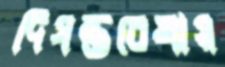
দিগন্তরেখায়